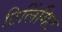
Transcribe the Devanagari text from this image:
टिलिंगिट